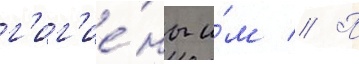
г'иг'ие́ны и́м // П